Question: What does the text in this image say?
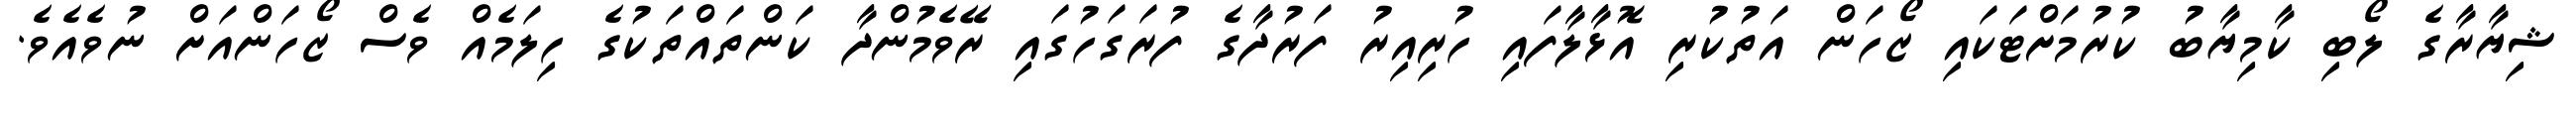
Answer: ޝިޔާރާގެ ލޯބި ކާމިޔާބު ކުރުމަށްޓަކައި ޒޯހަން އަތުކުރި އޮޅާލާފައި ހުރިއިރު ފަރުދާގެ ފުރަގަހުގައި ރޭވެމުންދާ ކަންތައްތަކުގެ ހިލަމެއް ވެސް ޒޯހަންއަށް ނުވެއެވެ.